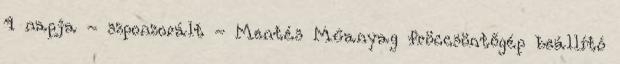
4 napja - szponzorált - Mentés Műanyag fröccsöntőgép beállító